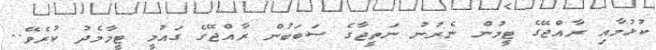
ކުޅުމާއި ރާއްޖޭގެ ޓީމުން ނެރުނު ނަތީޖާގެ ސަބަބުން ރާއްޖޭގެ ގައުމީ ޓީމާމެދު ކުރެވޭ..